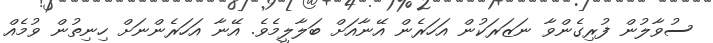
ސުވާލުން ފުރިގެންވާ ނަޒަރަކުން އަހަރެން އޭނާއަށް ބަލާލީމެވެ. އޭނާ އަހަރެންނަށް ހިނިތުން ވުމެއް